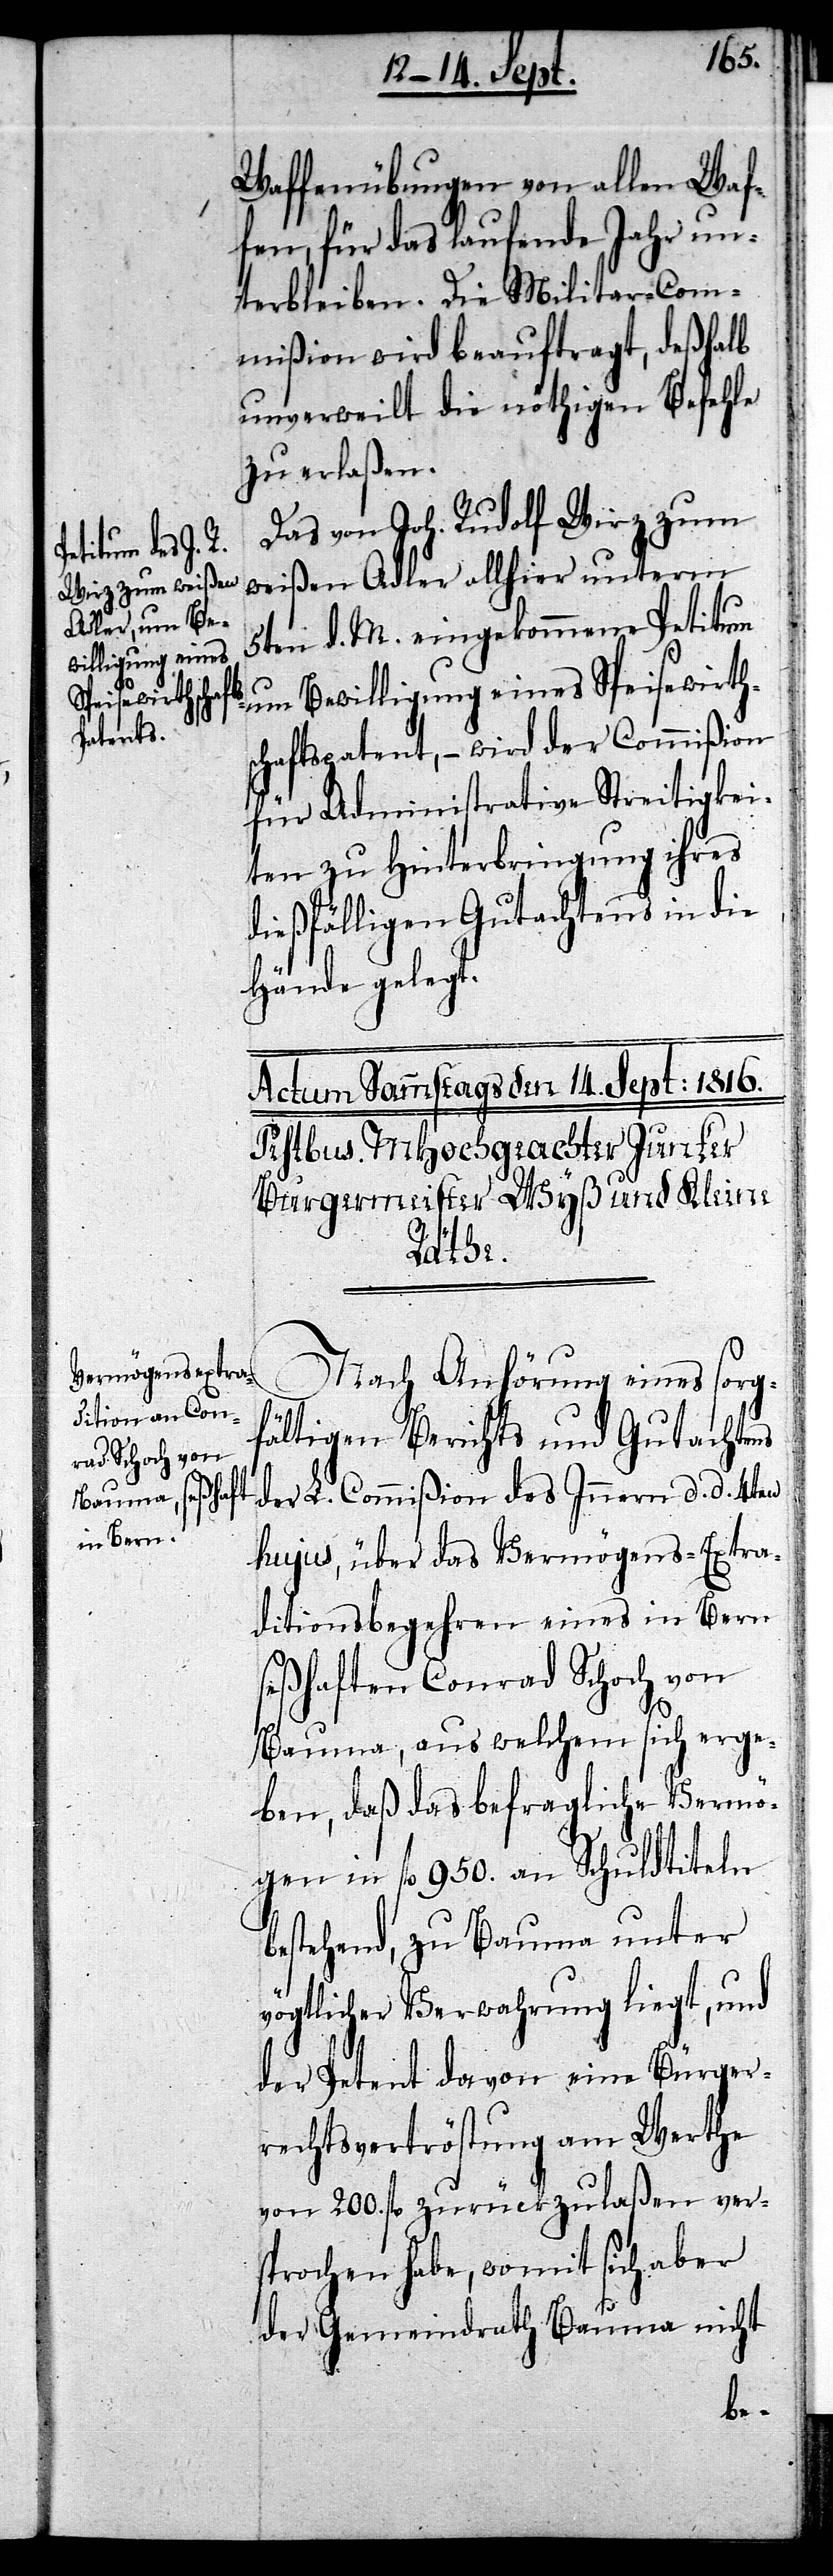
Waffenübungen von allen Waf¬
fen, für das laufende Jahr un¬
terbleiben. Die Militar-Com¬
mißion wird beauftragt, deßhalb
unverweilt die nöthigen Befehle
zu erlaßen.
Das von Joh. Rudolf Wirz zum
eines sorg¬
weißen Adler allhier unterm
5ten d. M. eingekommene Petitum
um Bewilligung eines Speisewirth¬
schaftspatent, – wird der Commißion
für Administrative Streitigkei¬
ten zu Hinterbringung ihres
dießfälligen Gutachtens in die
Hände gelegt.
fältigen Berichts und Gutachtens
der L. Commißion des Innern d. d. 4ten
hujus, über das Vermögens-Extra¬
ditionsbegehren eines in Bern
seßhaften Conrad Schoch von
Bauma, aus welchem sich erge¬
ben, daß das befragliche Vermö¬
gen in fl 950. an Schuldtiteln
bestehend, zu Bauma unter
vögtlicher Verwahrung liegt, und
der Petent davon eine Bürger¬
rechtsvertröstung am Werthe
von 200. fl zurückzulaßen ver¬
sprochen habe, womit sich aber
der Gemeindrath Bauma nicht